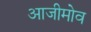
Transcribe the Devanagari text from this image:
आजीमोव